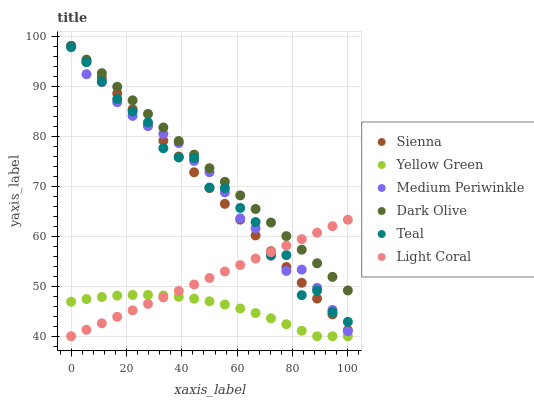
| xaxis_label | Sienna | Yellow Green | Medium Periwinkle | Dark Olive | Teal | Light Coral |
 | --- | --- | --- | --- | --- | --- | --- |
 | 0 | 98 | 46.9 | 98 | 98 | 97.8 | 40 |
 | 5.56 | 94.8 | 47.4 | 92.4 | 95.3 | 94.8 | 41.3 |
 | 11.1 | 91.7 | 47.8 | 90.8 | 92.6 | 90.9 | 42.6 |
 | 16.7 | 88.5 | 48.1 | 86.8 | 89.9 | 87.4 | 43.9 |
 | 22.2 | 85.4 | 48.3 | 84 | 87.1 | 84.9 | 45.2 |
 | 27.8 | 82.2 | 48.3 | 82 | 84.4 | 82.8 | 46.5 |
 | 33.3 | 79.1 | 48.1 | 80.4 | 81.7 | 77.6 | 47.8 |
 | 38.9 | 75.9 | 47.9 | 78.6 | 79 | 75.7 | 49.1 |
 | 44.4 | 72.8 | 47.5 | 75 | 76.3 | 75.6 | 50.4 |
 | 50 | 69.6 | 47 | 72.8 | 73.6 | 69.7 | 51.6 |
 | 55.6 | 66.5 | 46.3 | 68.8 | 70.9 | 69.6 | 52.9 |
 | 61.1 | 63.3 | 45.5 | 63.6 | 68.2 | 65.6 | 54.2 |
 | 66.7 | 60.1 | 44.6 | 61.6 | 65.4 | 62.8 | 55.5 |
 | 72.2 | 57 | 43.6 | 56.1 | 62.7 | 56.2 | 56.8 |
 | 77.8 | 53.8 | 42.4 | 53.1 | 60 | 56.2 | 58.1 |
 | 83.3 | 50.7 | 41.1 | 53.3 | 57.3 | 48.2 | 59.4 |
 | 88.9 | 47.5 | 40 | 49.7 | 54.6 | 49.1 | 60.7 |
 | 94.4 | 44.4 | 40 | 45.3 | 51.9 | 44.8 | 62 |
 | 100 | 41.2 | 40 | 41 | 49.2 | 42.9 | 63.3 |